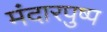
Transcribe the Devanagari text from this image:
मंदारपुष्प